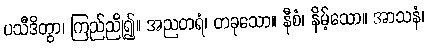
ပသီဒိတွာ၊ ကြည်ညို၍။ အညတရံ၊ တခုသော။ နီစံ၊ နိမ့်သော။ အာသနံ၊